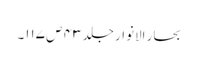
بحار الانوار جلد ۴۳ ص ۱۱۷۔